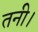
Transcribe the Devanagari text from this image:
तनी।